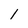
Character: 1